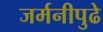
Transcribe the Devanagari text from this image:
जर्मनीपुढे